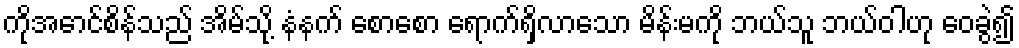
ကိုအောင်စိန်သည် အိမ်သို့ နံနက် စောစော ရောက်ရှိလာသော မိန်းမကို ဘယ်သူ ဘယ်ဝါဟု ဝေခွဲ၍